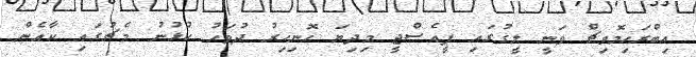
އިބްރަހިމޮވިޗް ވަނީ ލީގުގައި ޕީއެސްޖީ މިދިޔަ ހޮނިހިރު ދުވަހު ކުޅުނު މެޗުގައި ކާއެން